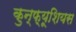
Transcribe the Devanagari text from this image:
कुन्फ़्यूशियस